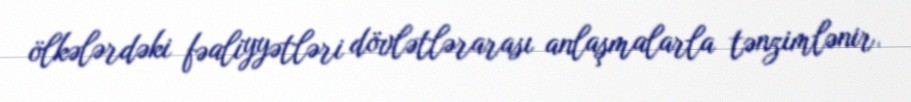
ölkələrdəki fəaliyyətləri dövlətlərarası anlaşmalarla tənzimlənir.